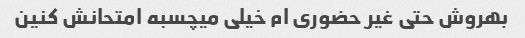
بهروش حتی غیر حضوری ام خیلی میچسبه امتحانش کنین